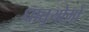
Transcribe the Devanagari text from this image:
धातुयोगों